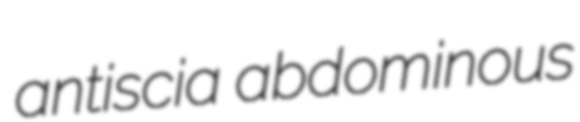
antiscia abdominous